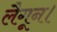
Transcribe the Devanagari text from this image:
लैगून।